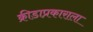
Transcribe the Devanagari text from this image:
क्रीडाप्रकाराला